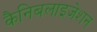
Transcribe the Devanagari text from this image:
कैनिबलाइजेशन